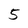
Character: 5